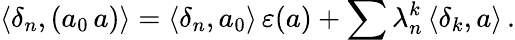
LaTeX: \langle\delta_{n},(a_{0}\, a)\rangle=\langle\delta_{n},a_{0}\rangle\, \varepsilon(a)+\sum\lambda_{n}^{k}\, \langle\delta_{k},a\rangle\, .